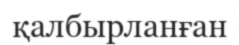
қалбырланған